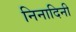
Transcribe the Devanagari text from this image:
निनादिनी